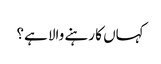
کہاں کا رہنے والا ہے؟